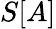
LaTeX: S[A]